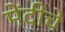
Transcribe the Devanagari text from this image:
मेंदीचे